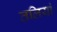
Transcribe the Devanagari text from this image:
तलियां